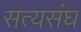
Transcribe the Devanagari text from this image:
सत्यसंघ